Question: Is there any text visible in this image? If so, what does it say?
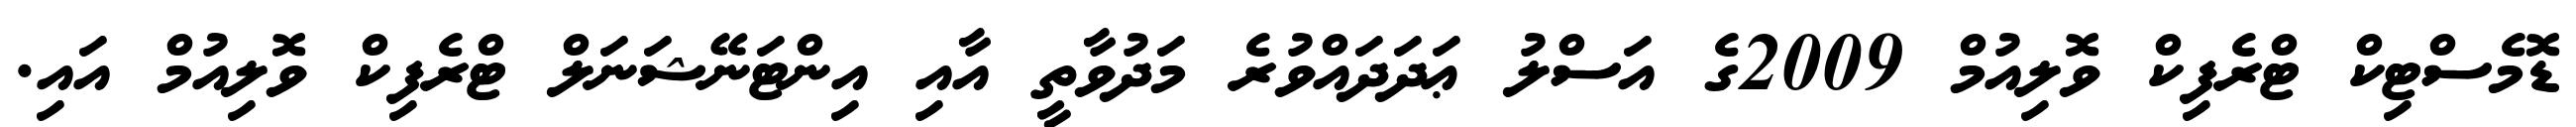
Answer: ޑޮމެސްޓިކް ޓްރެފިކް ވޮލިއުމް 2009ގެ އަސްލު ޢަދަދައްވުރެ މަދުވާތީ އާއި އިންޓަނޭޝަނަލް ޓްރެފިކް ވޮލިއުމް އައި.